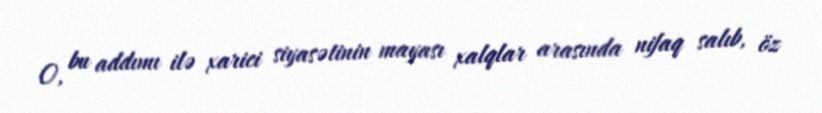
O, bu addımı ilə xarici siyasətinin mayası xalqlar arasında nifaq salıb, öz